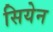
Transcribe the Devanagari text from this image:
सियेन